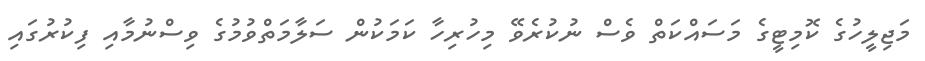
މަޖިލީހުގެ ކޮމިޓީގެ މަސައްކަތް ވެސް ނުކުރެވޭ މިހުރިހާ ކަމަކުން ސަލާމަތްވުމުގެ ވިސްނުމާއި ފިކުރުގައި